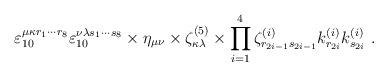
LaTeX: \begin{align*}\varepsilon_{10}^{\mu\kappa r_1\cdots r_8}\varepsilon_{10}^{\nu\lambda s_1\cdots s_8} \times\eta_{\mu\nu} \times \zeta^{(5)}_{\kappa\lambda} \times\prod_{i=1}^4 \zeta_{r_{2i-1}s_{2i-1}}^{(i)}k^{(i)}_{r_{2i}} k^{(i)}_{s_{2i}}\ .\end{align*}